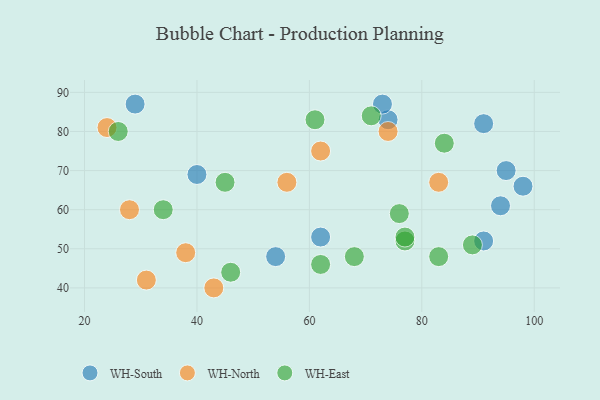
{"axis": {"x": "GDP", "y": "Life Expectancy"}, "legend": ["WH-East", "WH-North", "WH-South"], "data": [{"x": "91", "y": 82, "type": "WH-South"}, {"x": "74", "y": 83, "type": "WH-South"}, {"x": "98", "y": 66, "type": "WH-South"}, {"x": "40", "y": 69, "type": "WH-South"}, {"x": "73", "y": 87, "type": "WH-South"}, {"x": "29", "y": 87, "type": "WH-South"}, {"x": "91", "y": 52, "type": "WH-South"}, {"x": "95", "y": 70, "type": "WH-South"}, {"x": "94", "y": 61, "type": "WH-South"}, {"x": "54", "y": 48, "type": "WH-South"}, {"x": "62", "y": 53, "type": "WH-South"}, {"x": "28", "y": 60, "type": "WH-North"}, {"x": "24", "y": 81, "type": "WH-North"}, {"x": "83", "y": 67, "type": "WH-North"}, {"x": "74", "y": 80, "type": "WH-North"}, {"x": "62", "y": 75, "type": "WH-North"}, {"x": "56", "y": 67, "type": "WH-North"}, {"x": "38", "y": 49, "type": "WH-North"}, {"x": "31", "y": 42, "type": "WH-North"}, {"x": "43", "y": 40, "type": "WH-North"}, {"x": "62", "y": 46, "type": "WH-East"}, {"x": "26", "y": 80, "type": "WH-East"}, {"x": "77", "y": 52, "type": "WH-East"}, {"x": "89", "y": 51, "type": "WH-East"}, {"x": "83", "y": 48, "type": "WH-East"}, {"x": "77", "y": 53, "type": "WH-East"}, {"x": "46", "y": 44, "type": "WH-East"}, {"x": "61", "y": 83, "type": "WH-East"}, {"x": "68", "y": 48, "type": "WH-East"}, {"x": "76", "y": 59, "type": "WH-East"}, {"x": "84", "y": 77, "type": "WH-East"}, {"x": "71", "y": 84, "type": "WH-East"}, {"x": "45", "y": 67, "type": "WH-East"}, {"x": "34", "y": 60, "type": "WH-East"}]}